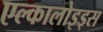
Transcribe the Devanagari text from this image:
एल्कालोइड्स